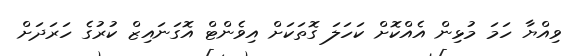
ވިއްޔާ ހަމަ މުޅިން އެއްކޮށް ކަހަލަ ގޮތަކަށް އިވެންޓް އޮގަނައިޒް ކުރުގެ ހަރަދަށް